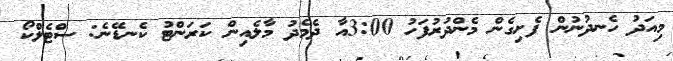
މިއަދު ހެނދުނުން ފެށިގެން މެންދުރުފަހު 3:00އާ ދެމެދު މާލެއިން ކަރަންޓު ކެނޑޭނެ: ސްޓެލްކޯ